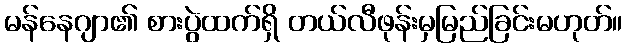
မန်နေဂျာ၏ စားပွဲထက်ရှိ တယ်လီဖုန်းမှမြည်ခြင်းမဟုတ်။